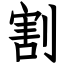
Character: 割